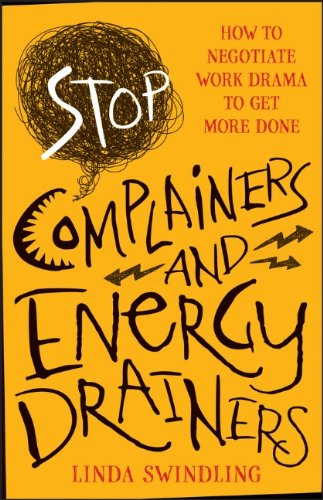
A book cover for Stop Complainers and Energy Drainers: How to Negotiate Work Drama to Get More Done; Linda Byars Swindling; Business & Money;